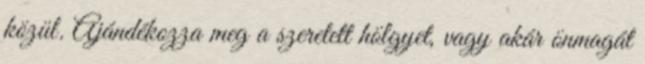
közül. Ajándékozza meg a szeretett hölgyet, vagy akár önmagát